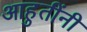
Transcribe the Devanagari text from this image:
आहुतींनी